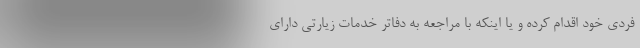
فردی خود اقدام کرده و یا اینکه با مراجعه به دفاتر خدمات زیارتی دارای